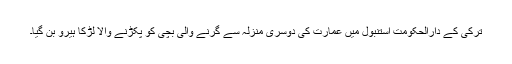
ترکی کے دارالحکومت استنبول میں عمارت کی دوسری منزلہ سے گرنے والی بچی کو پکڑنے والا لڑکا ہیرو بن گیا۔